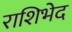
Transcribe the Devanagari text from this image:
राशिभेद